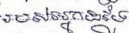
របស់អ្នកដទៃ